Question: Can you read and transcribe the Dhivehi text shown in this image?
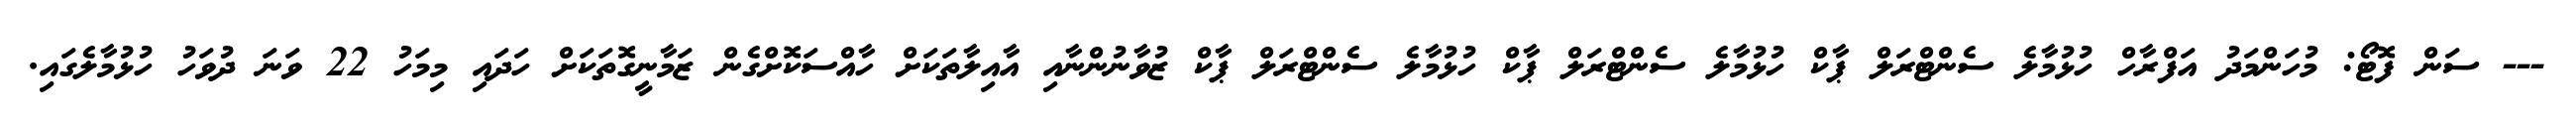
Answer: --- ސަން ފޮޓޯ: މުހަންމަދު އަފްރާހް ހުޅުމާލެ ސެންޓްރަލް ޕާކް ހުޅުމާލެ ސެންޓްރަލް ޕާކް ހުޅުމާލެ ސެންޓްރަލް ޕާކް ޒުވާނުންނާއި އާއިލާތަކަށް ހާއްސަކޮށްގެން ޒަމާނީގޮތަކަށް ހަދައި މިމަހު 22 ވަނަ ދުވަހު ހުޅުމާލެގައި.